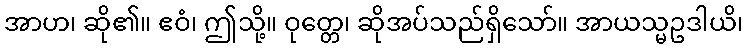
အာဟ၊ ဆို၏။ ဧဝံ၊ ဤသို့။ ဝုတ္တေ၊ ဆိုအပ်သည်ရှိသော်။ အာယသ္မဥဒါယိ၊